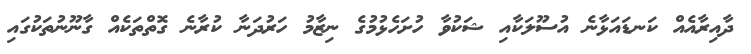
ދާއިރާއެއް ކަނޑައަޅާނެ އުސޫލަކާއި ޝަކުވާ ހުށަހެޅުމުގެ ނިޒާމު ހަރުދަނާ ކުރާނެ ގޮތްތަކެއް ގާނޫނުތަކުގައި